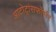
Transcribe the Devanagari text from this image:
आटोट्रांसफॉर्मर